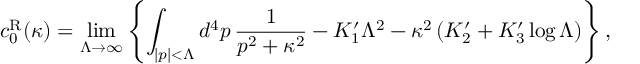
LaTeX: c _ { 0 } ^ { \mathrm { R } } ( \kappa ) = \operatorname * { l i m } _ { \Lambda \to \infty } \left\{ \int _ { | p | < \Lambda } d ^ { 4 } p \, { \frac { 1 } { p ^ { 2 } + \kappa ^ { 2 } } } - K _ { 1 } ^ { \prime } \Lambda ^ { 2 } - \kappa ^ { 2 } \left( K _ { 2 } ^ { \prime } + K _ { 3 } ^ { \prime } \log \Lambda \right) \right\} ,